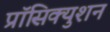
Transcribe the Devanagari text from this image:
प्रॉसिक्युशन